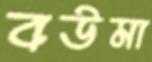
বউমা